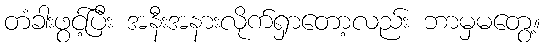
တံခါးဖွင့်ပြီး အနီးအနားလိုက်ရှာတော့လည်း ဘာမှမတွေ့။